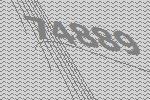
74889